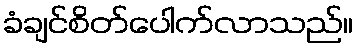
ခံချင်စိတ်ပေါက်လာသည်။